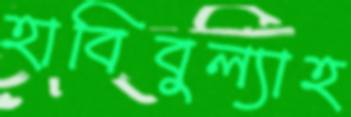
হাবিবুল্যাহ